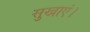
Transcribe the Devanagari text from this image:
सुखाएं।